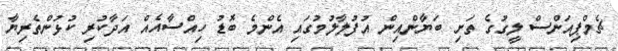
ޗެމްޕިއަންސް ލީގުގެ ތަށި ބަޔާންއިން އުފުލާލުމުގައި އެންމެ ބޮޑު ހިއްސާއެއް އަދާކުރި ކުޅުންތެރިޔާ